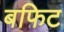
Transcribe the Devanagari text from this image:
बफिट